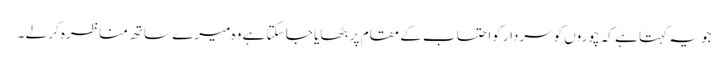
جو یہ کہتا ہے کہ چوروں کوسردار کواحتساب کے مقام پر بٹھایا جا سکتا ہے وہ میرے ساتھ مناظرہ کر لے ۔